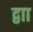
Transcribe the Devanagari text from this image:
द्वाा